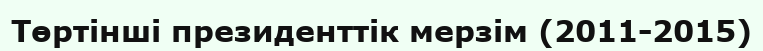
Төртінші президенттік мерзім (2011-2015)